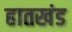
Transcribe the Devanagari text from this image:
हातखंड